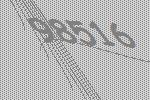
98516